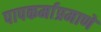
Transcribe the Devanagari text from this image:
पापकर्माप्रमाणे